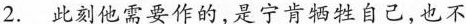
2. 此刻他需要作的，是宁肯牺牲自己，也不